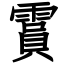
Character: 霣